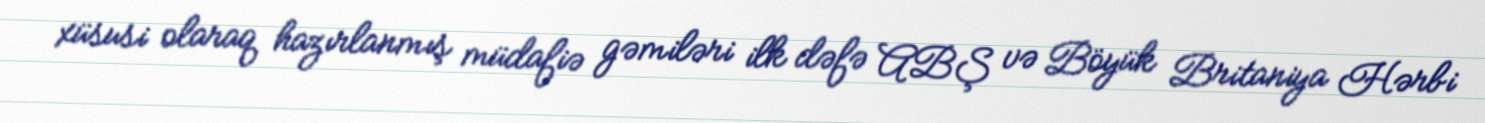
xüsusi olaraq hazırlanmış müdafiə gəmiləri ilk dəfə ABŞ və Böyük Britaniya Hərbi